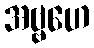
အဗ္ဗဟေ